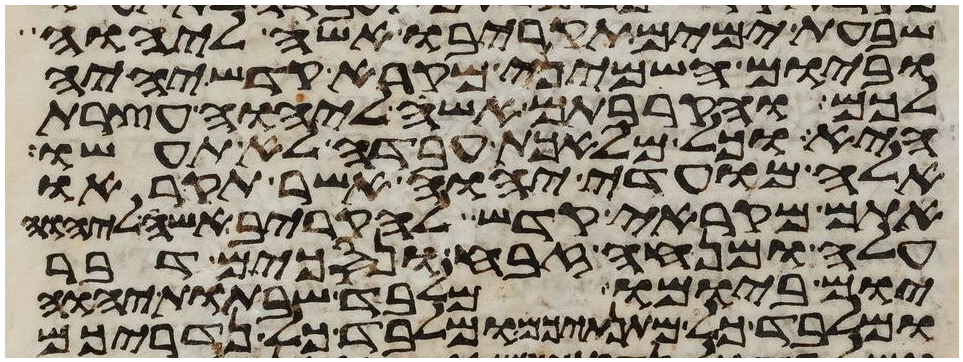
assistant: שבעת ימים תקריבו אשה ליהוה
וביום השמיני מקרא קדש יהיה
לכם והקרבתם אשה ליהוה עצרת
היא וכל מלאכת עבדה לא תעשו
אלה מועדי יהוה אשר תקראו
אתם מקראי קדש להקריב אשה ליהוה
עלה ומנחה זבח ונסכים דבר
יום ביומו מלבד שבתות יהוה
ומלבד כל מתנתיכם ומלבד כל נדריכם